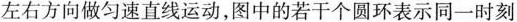
左右方向做匀速直线运动，图中的若干个圆环表示同一时刻